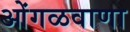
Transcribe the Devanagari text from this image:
ओंगळवाणा